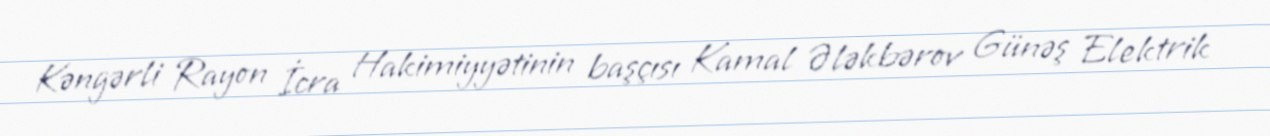
Kəngərli Rayon İcra Hakimiyyətinin başçısı Kamal Ələkbərov Günəş Elektrik